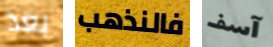
بعد فالنذهب آسف